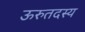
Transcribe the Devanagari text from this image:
ऊरुतदस्य